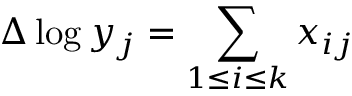
\Delta \log y _ { j } = \sum _ { 1 \leq i \leq k } x _ { i j }